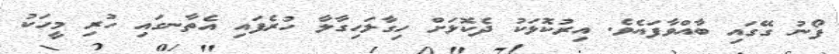
ފޯނު ގޭގައި ބާއްވާފައެވެ. އިރުކޮޅަކު ދެކޮޅަށް ހިގާލަހިގާލާ ހުރެފައި އެތާނގައި ހުރި މީހަކު